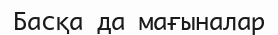
Басқа да мағыналар